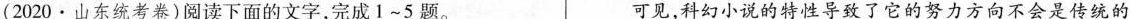
(2020 · 山东统考卷)阅读下面的文字，完成1~5题。 可见，科幻小说的特性导了它的努力方向不会是传统的